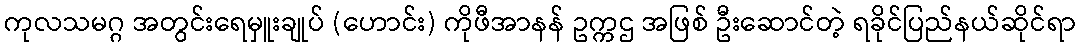
ကုလသမဂ္ဂ အတွင်းရေမှူးချုပ် (ဟောင်း) ကိုဖီအာနန် ဥက္ကဌ အဖြစ် ဦးဆောင်တဲ့ ရခိုင်ပြည်နယ်ဆိုင်ရာ